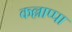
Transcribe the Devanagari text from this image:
कल्लाप्पा